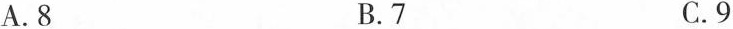
A.8 B.7 C.9